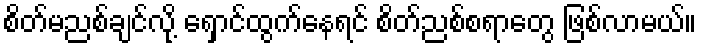
စိတ်မညစ်ချင်လို့ ရှောင်ထွက်နေရင် စိတ်ညစ်စရာတွေ ဖြစ်လာမယ်။